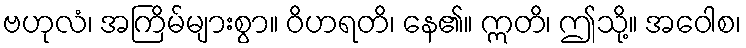
ဗဟုလံ၊ အကြိမ်များစွာ။ ဝိဟရတိ၊ နေ၏။ ဣတိ၊ ဤသို့။ အဝေါစ၊